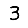
Digit: 3